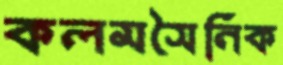
কলমসৈনিক